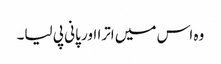
وہ اس میں اترا اور پانی پی لیا۔